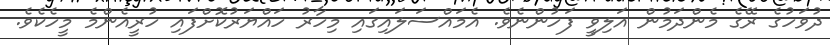
ދުވަހުގެ ރޭގެ މެންދަމުން އަލިވީ ފަހުންނެވެ. އެމައްސަލައިގައި މިހާރު ހައްޔަރުކޮށްފައި ހުރީއެންމެ މީހެކެެވެ.